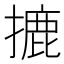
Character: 摝